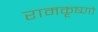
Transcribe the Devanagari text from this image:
रामकृष्णो